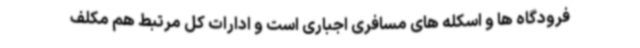
فرودگاه ها و اسکله های مسافری اجباری است و ادارات کل مرتبط هم مکلف